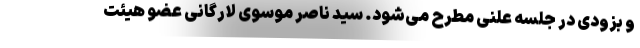
و بزودی در جلسه علنی مطرح می‌شود. سید ناصر موسوی لارگانی عضو هیئت